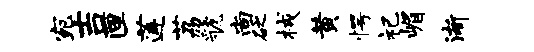
宛吉匣莲荔虢尚砭械黄愕祀嵋渐